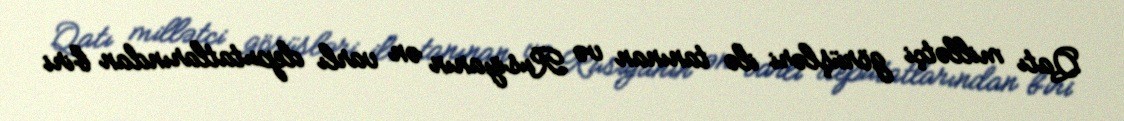
Qatı millətçi görüşləri ilə tanınan və Rusiyanın ən varlı deputatlarından biri